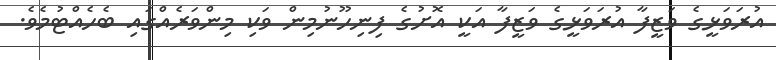
އުރަވަޅީގެ ވަޒީފާ އުރަވަޅީގެ ވަޒީފާ އަކީ އޮށުގެ ފިނިހޫނުމިން ވަކި މިންވަރެއްގައި ބެހެއްޓުމެވެ.